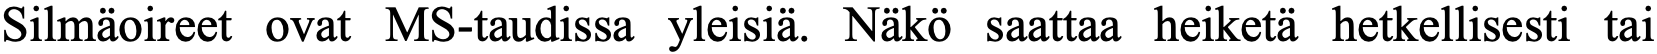
Silmäoireet ovat MS-taudissa yleisiä. Näkö saattaa heiketä hetkellisesti tai